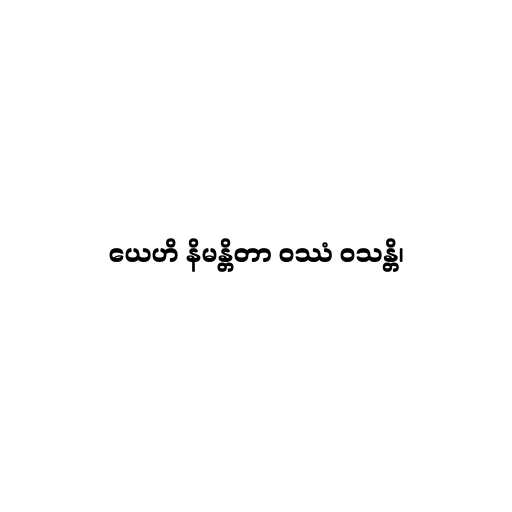
ယေဟိ နိမန္တိတာ ဝဿံ ဝသန္တိ၊